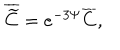
\overline { { { \widetilde { C } } } } = e ^ { - 3 \Psi } \overline { { { C } } } ,